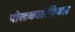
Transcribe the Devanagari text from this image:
पोस्टकलोनियल